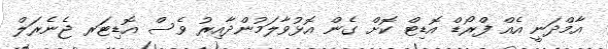
އާމްދަނީ އެއް ފްރޯޑް އޮޑިޓް ކޮށް ގެން އޮޅުވާލަމުންދާއިރު ވެސް އޮޑިޓަރ ޖެނެރަލް